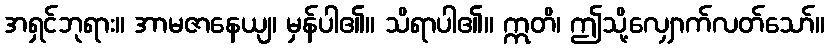
အရှင်ဘုရား။ အာမဇာနေယျ၊ မှန်ပါ၏။ သိရာပါ၏။ ဣတိ၊ ဤသို့လျှောက်လတ်သော်။